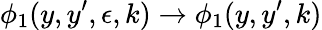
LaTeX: \phi_{1}(y,y^{\prime},\epsilon,k)\to\phi_{1}(y,y^{\prime},k)